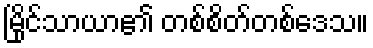
မြိုင်သာယာ၏ တစ်စိတ်တစ်ဒေသ။